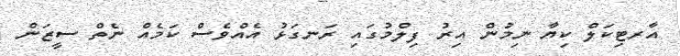
އާރޓިކަލް ކިޔާ ނިމުން އިރު ފިލްމުގައި ރަނގަޅު އެއްވެސް ކަމެއް ނެތް ސީޒަން